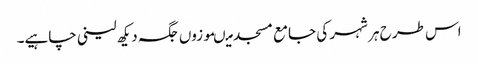
اس طرح ہر شہر کی جامع مسجد میںموزوں جگہ دیکھ لینی چاہیے۔